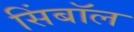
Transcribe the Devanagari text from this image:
सिंबॉल